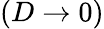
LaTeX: (D\to 0)